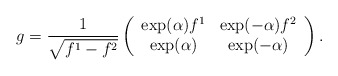
\begin{align*}g = \frac{1}{\sqrt{f^{1}-f^{2}}}\left( \begin{array}{cc} \exp(\alpha)f^{1} & \exp(-\alpha)f^{2} \\ \exp(\alpha)& \exp(-\alpha)\end{array} \right).\end{align*}